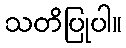
သတိပြုပါ။